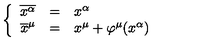
\left\{ \begin{array} { r c l } { \overline { { x ^ { \alpha } } } } & { = } & { x ^ { \alpha } } \\ { \overline { { x } } ^ { \mu } } & { = } & { x ^ { \mu } + \varphi ^ { \mu } ( x ^ { \alpha } ) } \\ \end{array} \right.